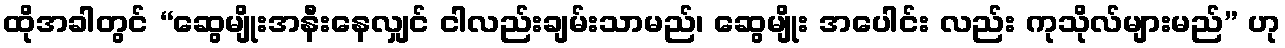
ထိုအခါတွင် “ဆွေမျိုးအနီးနေလျှင် ငါလည်းချမ်းသာမည်၊ ဆွေမျိုး အပေါင်း လည်း ကုသိုလ်များမည်” ဟု